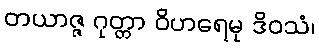
တယာဇ္ဇ ဂုတ္တာ ဝိဟရေမု ဒိဝသံ၊